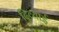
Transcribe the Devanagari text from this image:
दिव्याई